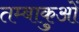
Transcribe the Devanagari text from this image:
तम्बाकुओं